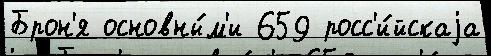
Брон'я основны́м'и 659 росс'и́йскаjа